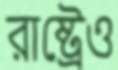
রাষ্ট্রেও